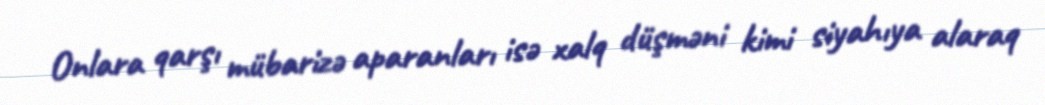
Onlara qarşı mübarizə aparanları isə xalq düşməni kimi siyahıya alaraq